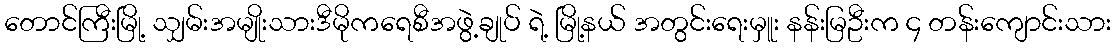
တောင်ကြီးမြို့ သျှမ်းအမျိုးသားဒီမိုကရေစီအဖွဲ့ချုပ် ရဲ့ မြို့နယ် အတွင်းရေးမှူး နန်းမြဦးက ၄ တန်းကျောင်းသား